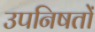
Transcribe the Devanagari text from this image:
उपनिषतों